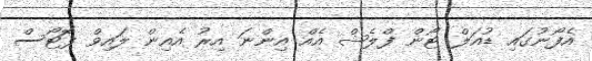
އެފޯނުގައި ޑުއަލް ޓޯން ފްލެޝް އެއް އިންނަ އިރު އެއިން ލައިވް ފޮޓޯސް